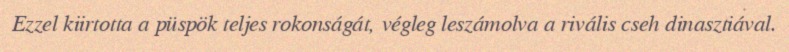
Ezzel kiirtotta a püspök teljes rokonságát, végleg leszámolva a rivális cseh dinasztiával.